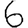
Digit: 6